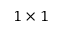
1 \times 1